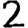
Digit: 2